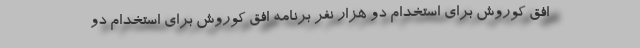
افق کوروش برای استخدام دو هزار نفر برنامه افق کوروش برای استخدام دو